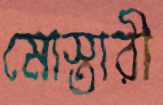
মোস্তারী